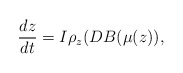
\begin{align*} \frac{dz}{dt}= I \rho_{z} (DB(\mu(z)), \end{align*}